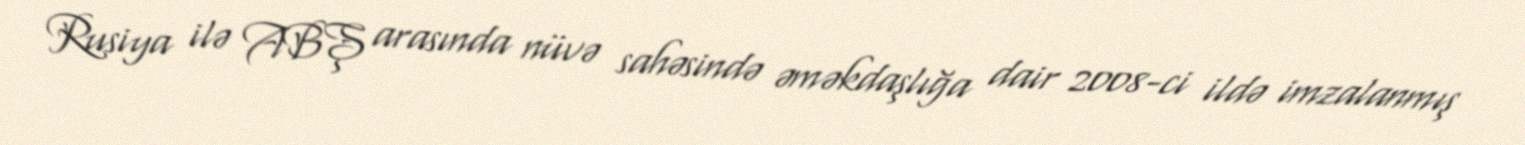
Rusiya ilə ABŞ arasında nüvə sahəsində əməkdaşlığa dair 2008-ci ildə imzalanmış